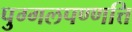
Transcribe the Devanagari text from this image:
पुग्गलपण्णत्ति